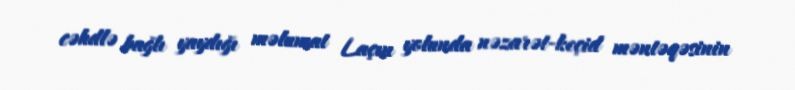
cəhdlə bağlı yaydığı məlumat Laçın yolunda nəzarət-keçid məntəqəsinin